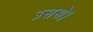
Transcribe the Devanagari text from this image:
उससे।